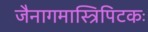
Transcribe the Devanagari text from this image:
जैनागमास्त्रिपिटकः